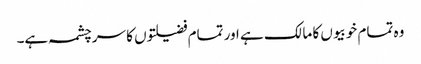
وہ تمام خوبیوں کا مالک ہے اور تمام فضیلتوں کا سرچشمہ ہے۔